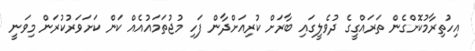
އިހުތިރާމުކޮށްގެން ތަރައްގީގެ ދުވެލީގައި ބާރަށް ކުރިއަށްދާން ފަހި މުޖުތަމައުއެއް ކަން ކަށަވަރުކުރަން މިވަނީ